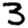
Digit: 3